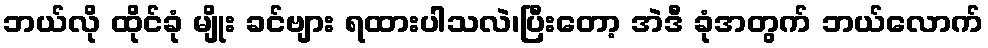
ဘယ်လို ထိုင်ခုံ မျိုး ခင်ဗျား ရထားပါသလဲ၊ပြီးတော့ အဲဒီ ခုံအတွက် ဘယ်လောက်